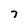
Character: 7